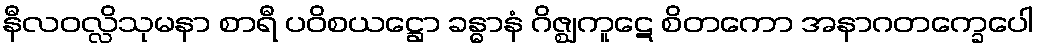
နီလဝလ္လိသုမနာ စာရီ ပဝိစယဋ္ဌော ခန္ဓာနံ ဂိဇ္ဈကူဋေ စိတကော အနာဂတက္ခေပေါ